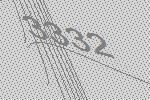
3332